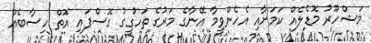
މަޝްހޫރު މޮޑެލެއް ކަމަށާއި އެހެންވީމާ އޭނާގެ މަރުގެ ތަހުގީގު ގޮސްފައި އޮތް ހިސާބެއް